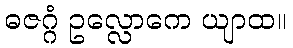
ဓဇဂ္ဂံ ဥလ္လောကေ ယျာထ။